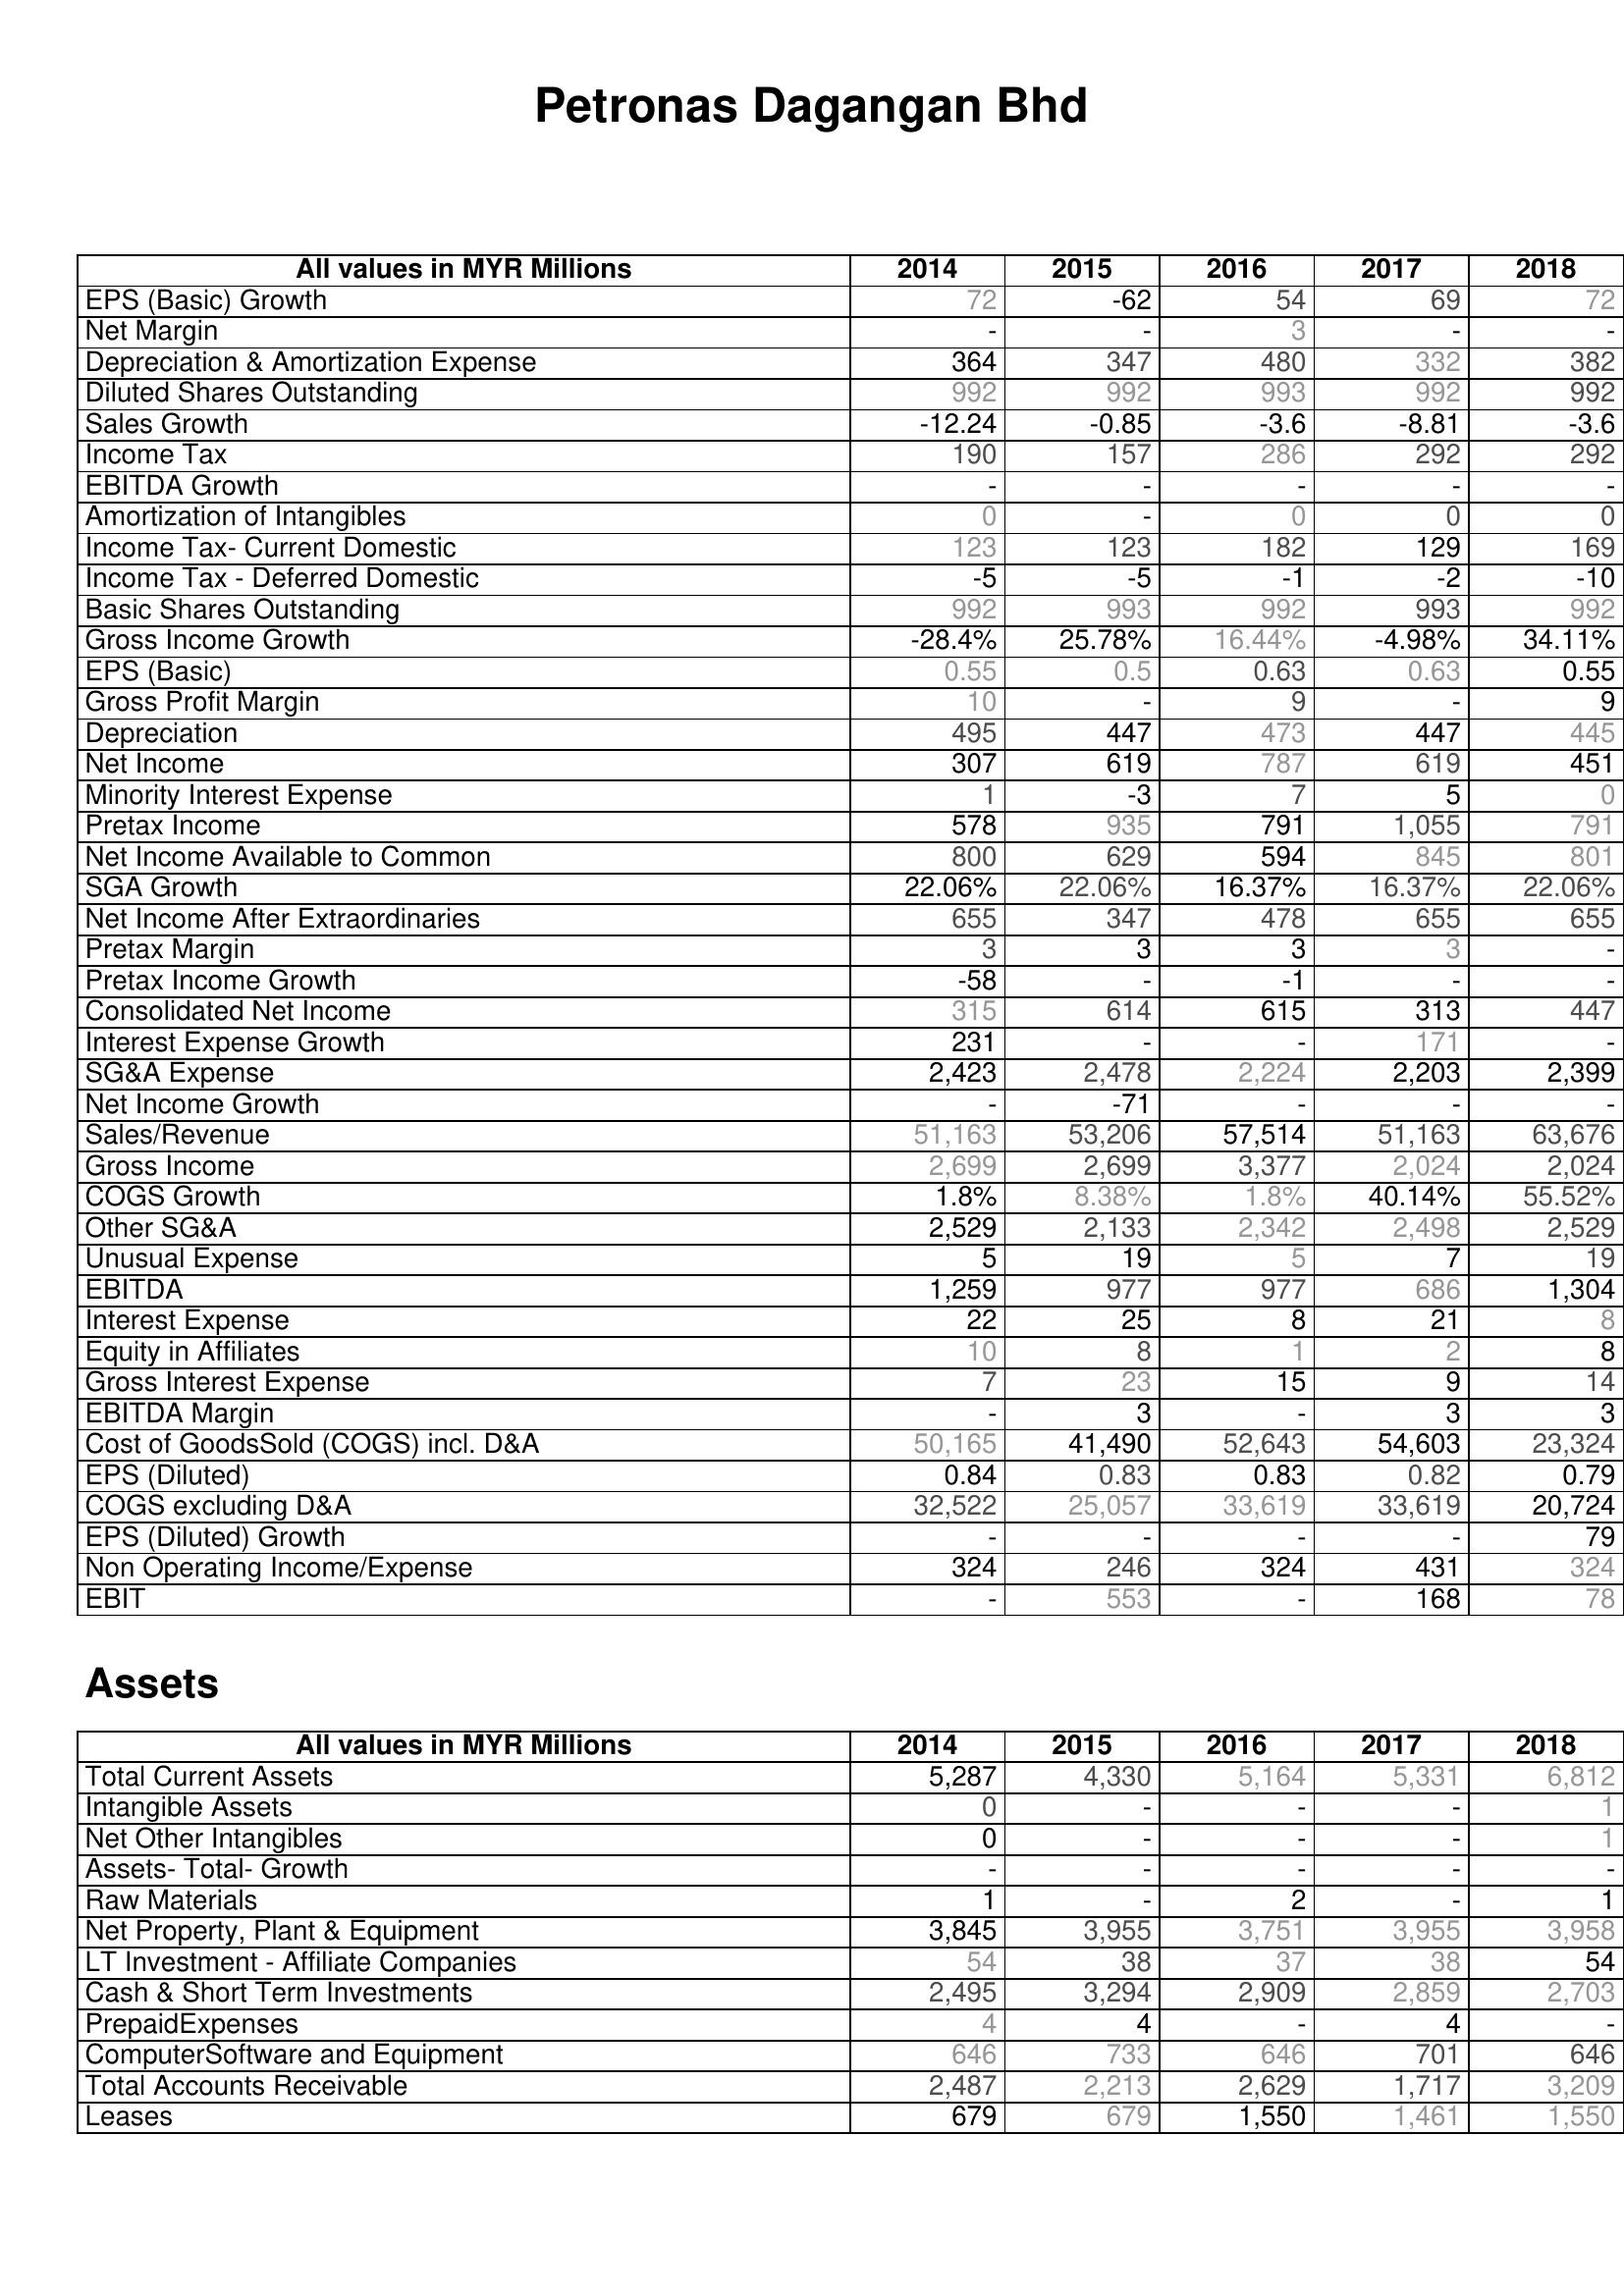
2014: : EPS (Basic) Growth: 72
Net Margin: -
Depreciation & Amortization Expense: 364
Diluted Shares Outstanding: 992
Sales Growth: -12.24
Income Tax: 190
EBITDA Growth: -
Amortization of Intangibles: 0
Income Tax- Current Domestic: 123
Income Tax - Deferred Domestic: -5
Basic Shares Outstanding: 992
Gross Income Growth: -28.4%
EPS (Basic): 0.55
Gross Profit Margin: 10
Depreciation: 495
Net Income: 307
Minority Interest Expense: 1
Pretax Income: 578
Net Income Available to Common: 800
SGA Growth: 22.06%
Net Income After Extraordinaries: 655
Pretax Margin: 3
Pretax Income Growth: -58
Consolidated Net Income: 315
Interest Expense Growth: 231
SG&A Expense: 2,423
Net Income Growth: -
Sales/Revenue: 51,163
Gross Income: 2,699
COGS Growth: 1.8%
Other SG&A: 2,529
Unusual Expense: 5
EBITDA: 1,259
Interest Expense: 22
Equity in Affiliates: 10
Gross Interest Expense: 7
EBITDA Margin: -
Cost of GoodsSold (COGS) incl. D&A: 50,165
EPS (Diluted): 0.84
COGS excluding D&A: 32,522
EPS (Diluted) Growth: -
Non Operating Income/Expense: 324
EBIT: -
Assets: Total Current Assets: 5,287
Intangible Assets: 0
Net Other Intangibles: 0
Assets- Total- Growth: -
Raw Materials: 1
Net Property, Plant & Equipment: 3,845
LT Investment - Affiliate Companies: 54
Cash & Short Term Investments: 2,495
PrepaidExpenses: 4
ComputerSoftware and Equipment: 646
Total Accounts Receivable: 2,487
Leases: 679
2015: : EPS (Basic) Growth: -62
Net Margin: -
Depreciation & Amortization Expense: 347
Diluted Shares Outstanding: 992
Sales Growth: -0.85
Income Tax: 157
EBITDA Growth: -
Amortization of Intangibles: -
Income Tax- Current Domestic: 123
Income Tax - Deferred Domestic: -5
Basic Shares Outstanding: 993
Gross Income Growth: 25.78%
EPS (Basic): 0.5
Gross Profit Margin: -
Depreciation: 447
Net Income: 619
Minority Interest Expense: -3
Pretax Income: 935
Net Income Available to Common: 629
SGA Growth: 22.06%
Net Income After Extraordinaries: 347
Pretax Margin: 3
Pretax Income Growth: -
Consolidated Net Income: 614
Interest Expense Growth: -
SG&A Expense: 2,478
Net Income Growth: -71
Sales/Revenue: 53,206
Gross Income: 2,699
COGS Growth: 8.38%
Other SG&A: 2,133
Unusual Expense: 19
EBITDA: 977
Interest Expense: 25
Equity in Affiliates: 8
Gross Interest Expense: 23
EBITDA Margin: 3
Cost of GoodsSold (COGS) incl. D&A: 41,490
EPS (Diluted): 0.83
COGS excluding D&A: 25,057
EPS (Diluted) Growth: -
Non Operating Income/Expense: 246
EBIT: 553
Assets: Total Current Assets: 4,330
Intangible Assets: -
Net Other Intangibles: -
Assets- Total- Growth: -
Raw Materials: -
Net Property, Plant & Equipment: 3,955
LT Investment - Affiliate Companies: 38
Cash & Short Term Investments: 3,294
PrepaidExpenses: 4
ComputerSoftware and Equipment: 733
Total Accounts Receivable: 2,213
Leases: 679
2016: : EPS (Basic) Growth: 54
Net Margin: 3
Depreciation & Amortization Expense: 480
Diluted Shares Outstanding: 993
Sales Growth: -3.6
Income Tax: 286
EBITDA Growth: -
Amortization of Intangibles: 0
Income Tax- Current Domestic: 182
Income Tax - Deferred Domestic: -1
Basic Shares Outstanding: 992
Gross Income Growth: 16.44%
EPS (Basic): 0.63
Gross Profit Margin: 9
Depreciation: 473
Net Income: 787
Minority Interest Expense: 7
Pretax Income: 791
Net Income Available to Common: 594
SGA Growth: 16.37%
Net Income After Extraordinaries: 478
Pretax Margin: 3
Pretax Income Growth: -1
Consolidated Net Income: 615
Interest Expense Growth: -
SG&A Expense: 2,224
Net Income Growth: -
Sales/Revenue: 57,514
Gross Income: 3,377
COGS Growth: 1.8%
Other SG&A: 2,342
Unusual Expense: 5
EBITDA: 977
Interest Expense: 8
Equity in Affiliates: 1
Gross Interest Expense: 15
EBITDA Margin: -
Cost of GoodsSold (COGS) incl. D&A: 52,643
EPS (Diluted): 0.83
COGS excluding D&A: 33,619
EPS (Diluted) Growth: -
Non Operating Income/Expense: 324
EBIT: -
Assets: Total Current Assets: 5,164
Intangible Assets: -
Net Other Intangibles: -
Assets- Total- Growth: -
Raw Materials: 2
Net Property, Plant & Equipment: 3,751
LT Investment - Affiliate Companies: 37
Cash & Short Term Investments: 2,909
PrepaidExpenses: -
ComputerSoftware and Equipment: 646
Total Accounts Receivable: 2,629
Leases: 1,550
2017: : EPS (Basic) Growth: 69
Net Margin: -
Depreciation & Amortization Expense: 332
Diluted Shares Outstanding: 992
Sales Growth: -8.81
Income Tax: 292
EBITDA Growth: -
Amortization of Intangibles: 0
Income Tax- Current Domestic: 129
Income Tax - Deferred Domestic: -2
Basic Shares Outstanding: 993
Gross Income Growth: -4.98%
EPS (Basic): 0.63
Gross Profit Margin: -
Depreciation: 447
Net Income: 619
Minority Interest Expense: 5
Pretax Income: 1,055
Net Income Available to Common: 845
SGA Growth: 16.37%
Net Income After Extraordinaries: 655
Pretax Margin: 3
Pretax Income Growth: -
Consolidated Net Income: 313
Interest Expense Growth: 171
SG&A Expense: 2,203
Net Income Growth: -
Sales/Revenue: 51,163
Gross Income: 2,024
COGS Growth: 40.14%
Other SG&A: 2,498
Unusual Expense: 7
EBITDA: 686
Interest Expense: 21
Equity in Affiliates: 2
Gross Interest Expense: 9
EBITDA Margin: 3
Cost of GoodsSold (COGS) incl. D&A: 54,603
EPS (Diluted): 0.82
COGS excluding D&A: 33,619
EPS (Diluted) Growth: -
Non Operating Income/Expense: 431
EBIT: 168
Assets: Total Current Assets: 5,331
Intangible Assets: -
Net Other Intangibles: -
Assets- Total- Growth: -
Raw Materials: -
Net Property, Plant & Equipment: 3,955
LT Investment - Affiliate Companies: 38
Cash & Short Term Investments: 2,859
PrepaidExpenses: 4
ComputerSoftware and Equipment: 701
Total Accounts Receivable: 1,717
Leases: 1,461
2018: : EPS (Basic) Growth: 72
Net Margin: -
Depreciation & Amortization Expense: 382
Diluted Shares Outstanding: 992
Sales Growth: -3.6
Income Tax: 292
EBITDA Growth: -
Amortization of Intangibles: 0
Income Tax- Current Domestic: 169
Income Tax - Deferred Domestic: -10
Basic Shares Outstanding: 992
Gross Income Growth: 34.11%
EPS (Basic): 0.55
Gross Profit Margin: 9
Depreciation: 445
Net Income: 451
Minority Interest Expense: 0
Pretax Income: 791
Net Income Available to Common: 801
SGA Growth: 22.06%
Net Income After Extraordinaries: 655
Pretax Margin: -
Pretax Income Growth: -
Consolidated Net Income: 447
Interest Expense Growth: -
SG&A Expense: 2,399
Net Income Growth: -
Sales/Revenue: 63,676
Gross Income: 2,024
COGS Growth: 55.52%
Other SG&A: 2,529
Unusual Expense: 19
EBITDA: 1,304
Interest Expense: 8
Equity in Affiliates: 8
Gross Interest Expense: 14
EBITDA Margin: 3
Cost of GoodsSold (COGS) incl. D&A: 23,324
EPS (Diluted): 0.79
COGS excluding D&A: 20,724
EPS (Diluted) Growth: 79
Non Operating Income/Expense: 324
EBIT: 78
Assets: Total Current Assets: 6,812
Intangible Assets: 1
Net Other Intangibles: 1
Assets- Total- Growth: -
Raw Materials: 1
Net Property, Plant & Equipment: 3,958
LT Investment - Affiliate Companies: 54
Cash & Short Term Investments: 2,703
PrepaidExpenses: -
ComputerSoftware and Equipment: 646
Total Accounts Receivable: 3,209
Leases: 1,550